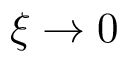
\xi \rightarrow 0